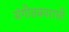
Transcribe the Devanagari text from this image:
संगीतकाराची